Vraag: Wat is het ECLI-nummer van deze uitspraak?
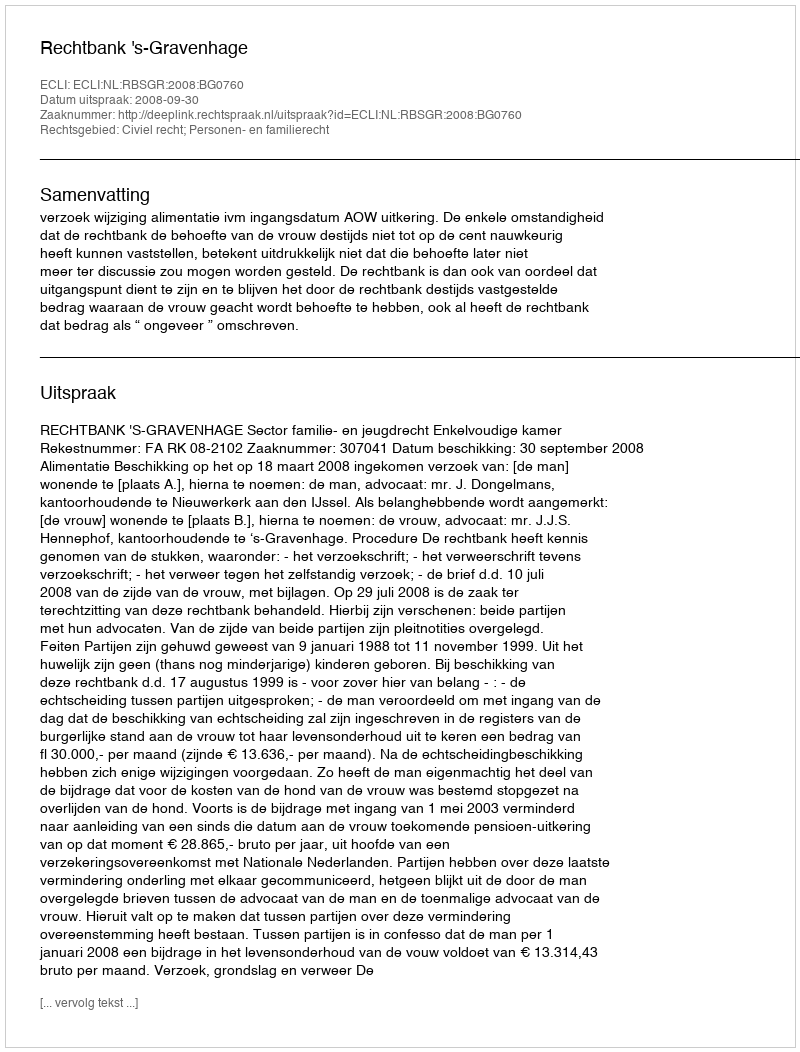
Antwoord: ECLI:NL:RBSGR:2008:BG0760